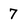
Character: 7